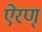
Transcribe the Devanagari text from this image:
ऐरण्